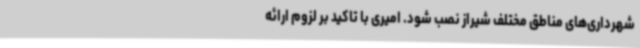
شهرداری‌های مناطق مختلف شیراز نصب شود. امیری با تاکید بر لزوم ارائه